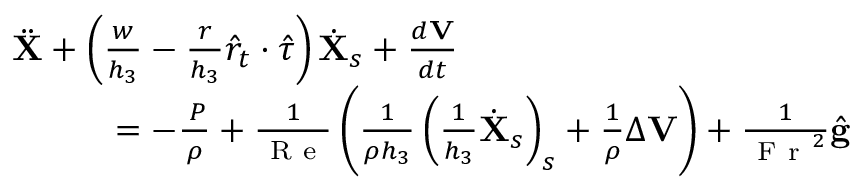
\begin{array} { r } { \ddot { \mathbf { X } } + \left( \frac { w } { h _ { 3 } } - \frac { r } { h _ { 3 } } \hat { r } _ { t } \cdot \hat { \tau } \right) \dot { \mathbf { X } } _ { s } + \frac { d \mathbf { V } } { d t } \quad \quad \quad \quad \quad \quad \quad \quad \quad \quad \quad } \\ { = - \frac { \mathbf { \nabla } P } { \rho } + \frac { 1 } { \mathrm { ~ R ~ e ~ } } \left( \frac { 1 } { \rho h _ { 3 } } \left( \frac { 1 } { h _ { 3 } } \dot { \mathbf { X } } _ { s } \right) _ { s } + \frac { 1 } { \rho } \Delta \mathbf { V } \right) + \frac { 1 } { \mathrm { ~ F ~ r ~ } ^ { 2 } } \hat { \mathbf { g } } } \end{array}